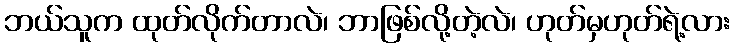
ဘယ်သူက ထုတ်လိုက်တာလဲ၊ ဘာဖြစ်လို့တဲ့လဲ၊ ဟုတ်မှဟုတ်ရဲ့လား